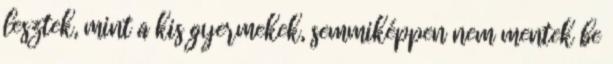
lesztek, mint a kis gyermekek, semmiképpen nem mentek be